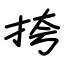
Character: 挎